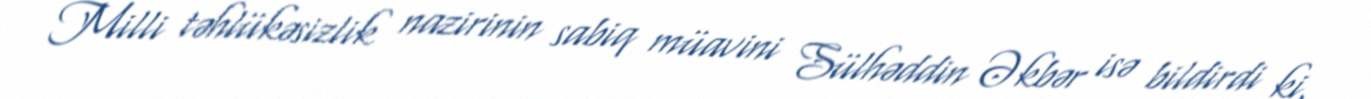
Milli təhlükəsizlik nazirinin sabiq müavini Sülhəddin Əkbər isə bildirdi ki,